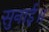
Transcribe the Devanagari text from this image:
सुनाई॥